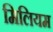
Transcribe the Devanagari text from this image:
मिलियम